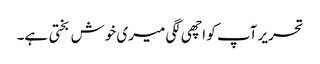
تحریر آپ کو اچھی لگی میری خوش بختی ہے۔